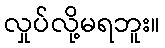
လှုပ်လို့မရဘူး။